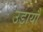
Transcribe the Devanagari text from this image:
उड़ायौ